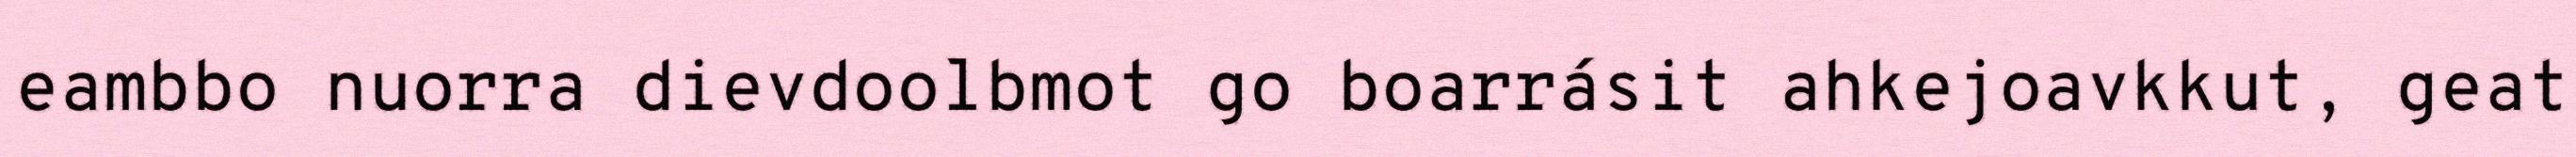
eambbo nuorra dievdoolbmot go boarrásit ahkejoavkkut, geat